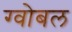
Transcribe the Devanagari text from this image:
ग्वोबल